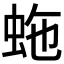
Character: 𧉮